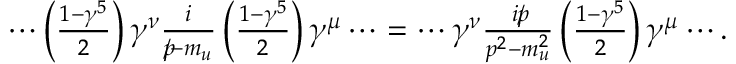
\begin{array} { r } { \cdots \left( \frac { 1 - \gamma ^ { 5 } } { 2 } \right) \gamma ^ { \nu } \frac { i } { p \! \! \! / - m _ { u } } \left( \frac { 1 - \gamma ^ { 5 } } { 2 } \right) \gamma ^ { \mu } \cdots = \cdots \gamma ^ { \nu } \frac { i p \! \! \! / } { p ^ { 2 } - m _ { u } ^ { 2 } } \left( \frac { 1 - \gamma ^ { 5 } } { 2 } \right) \gamma ^ { \mu } \cdots . } \end{array}